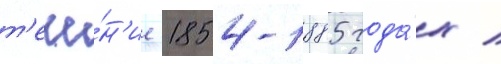
т'ече́н'ие 1854-1885 года́х /